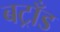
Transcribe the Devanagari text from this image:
बट्राँड